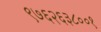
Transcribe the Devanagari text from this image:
९७६२६३८००१